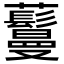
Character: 𬟦